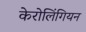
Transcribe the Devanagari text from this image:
केरोलिंगियन